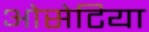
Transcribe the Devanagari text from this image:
ओसेटिया